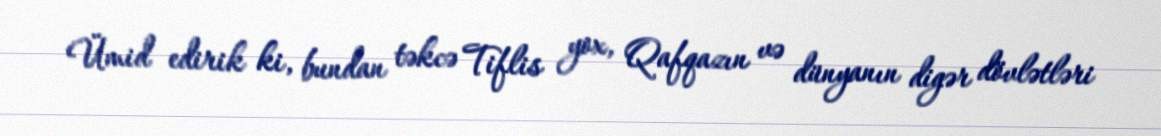
Ümid edirik ki, bundan təkcə Tiflis yox, Qafqazın və dünyanın digər dövlətləri